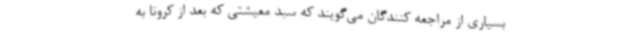
بسیاری از مراجعه کنندگان می‌گویند که سبد معیشتی که بعد از کرونا به